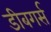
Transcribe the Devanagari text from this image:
डीबगर्स